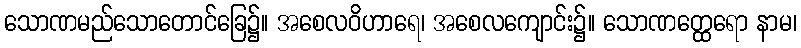
သောဏမည်သောတောင်ခြေ၌။ အစေလဝိဟာရေ၊ အစေလကျောင်း၌။ သောဏတ္ထေရော နာမ၊